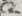
Text: C2